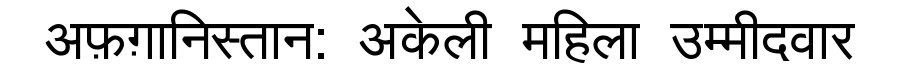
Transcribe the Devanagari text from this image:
अफ़ग़ानिस्तान: अकेली महिला उम्मीदवार